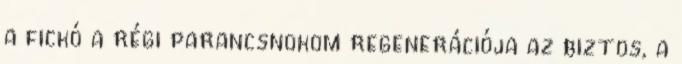
a fickó a régi parancsnokom regenerációja az biztos, a